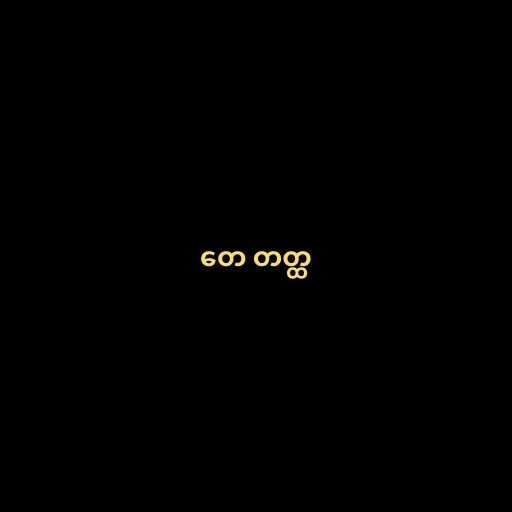
တေ တတ္ထ